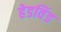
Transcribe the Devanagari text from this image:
हेडविंड